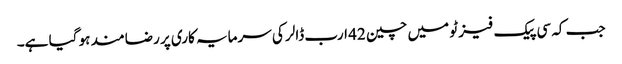
جب کہ سی پیک فیز ٹو میں چین 42 ارب ڈالر کی سرمایہ کاری پر رضامند ہو گیا ہے۔